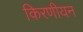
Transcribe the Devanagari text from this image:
किरणीयन